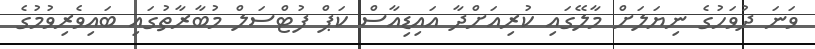
ވަނަ ދުވަހުގެ ނިޔަލަށް މާލޭގައި ކުރިއަށްދާ އައިޑިއާސް ކަޕް ފުޓްސަލް މުބާރާތުގައި ބައިވެރިވުމުގެ